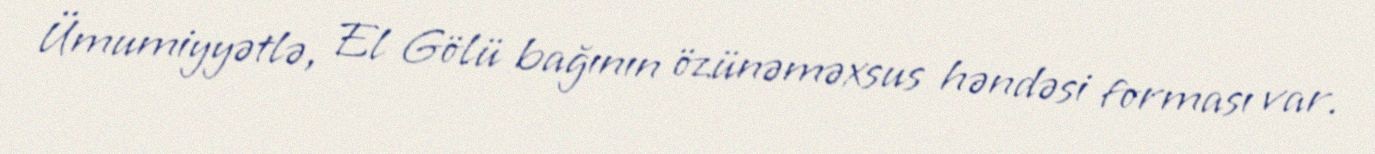
Ümumiyyətlə, El Gölü bağının özünəməxsus həndəsi forması var.